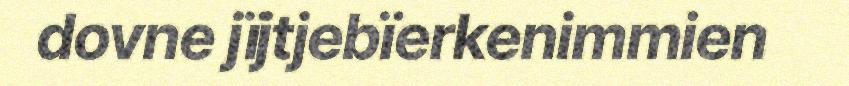
dovne jïjtjebïerkenimmien